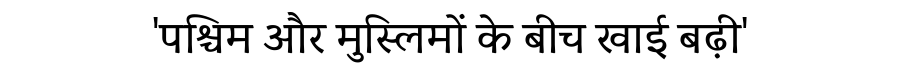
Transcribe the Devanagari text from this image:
'पश्चिम और मुस्लिमों के बीच खाई बढ़ी'